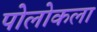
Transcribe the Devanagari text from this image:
पोलोकला